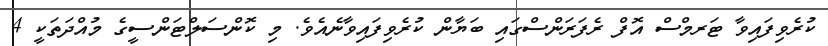
ކުރެވިފައިވާ ޓަރމްސް އޮފް ރެފަރަންސްގައި ބަޔާން ކުރެވިފައިވާނެއެވެ. މި ކޮންސަލްޓަންސީގެ މުއްދަތަކީ 4